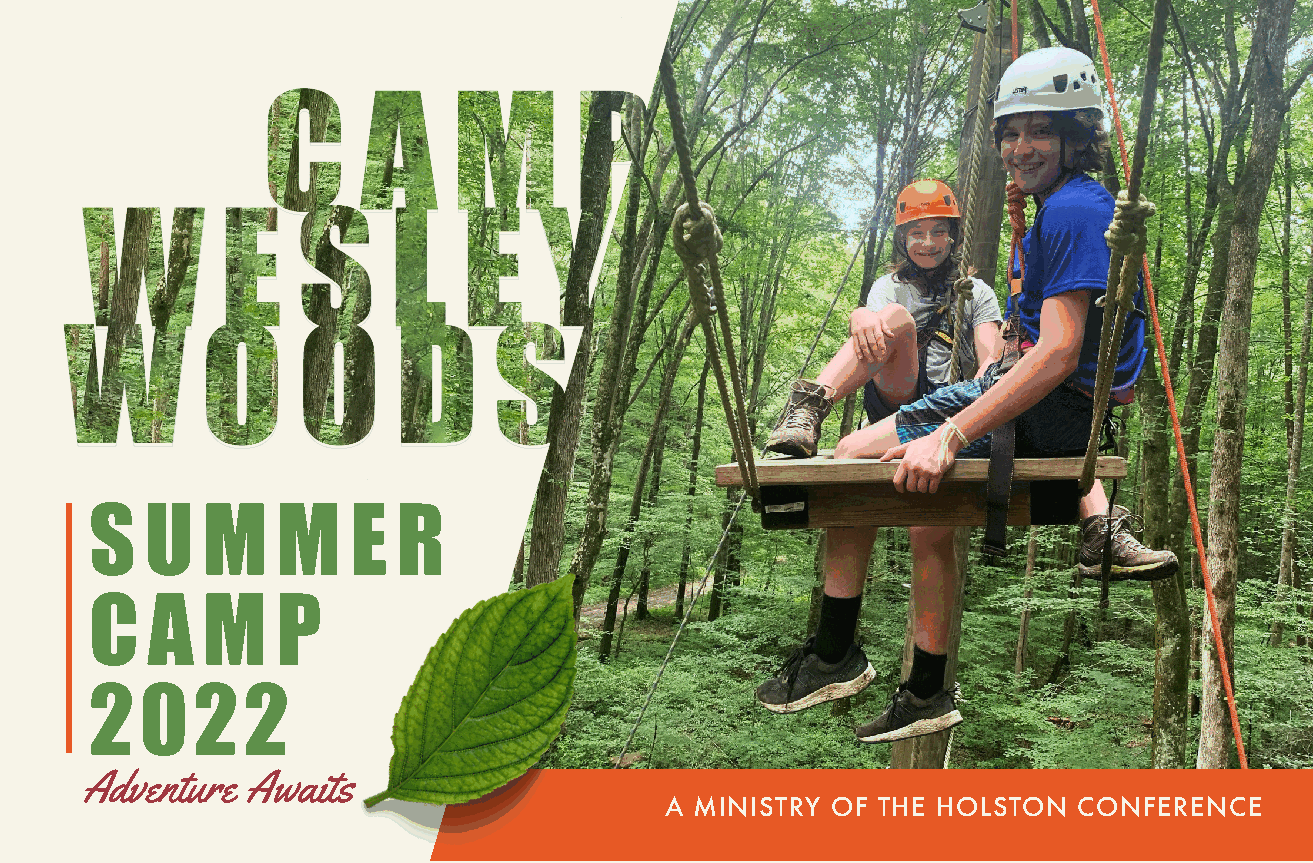
S   U  M    M    E  R
 C   A  M    P
 2022
 Adventure Awaits
 A MINISTRY OF THE HOLSTON  CONFERENCE